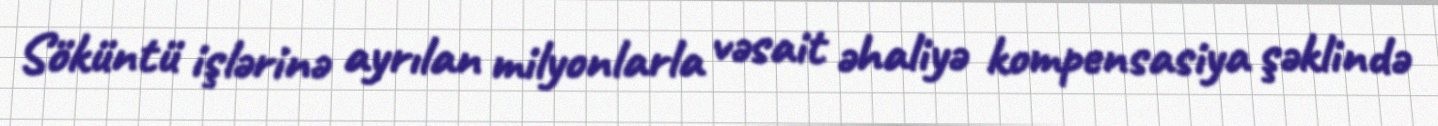
Söküntü işlərinə ayrılan milyonlarla vəsait əhaliyə kompensasiya şəklində